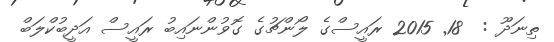
ތިނަދޫ :  18